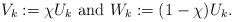
LaTeX: \begin{align*}V_k:=\chi U_k {\mbox{ and }}W_k:=(1-\chi)U_k.\end{align*}